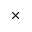
\times